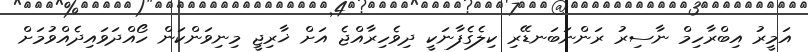
އަމީރު އިބްރާހިމް ނާސިރު ރަންނަބަނޑޭރި ކިލެގެފާނަކީ ދިވެހިރާއްޖެ އަށް ޚާރިޖީ މިނިވަންކަން ހޯއްދަވައިދެއްވުމަށް